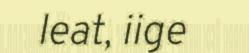
leat, iige